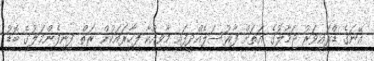
އޭނަގެ ޑްރައިވަރު ޖަމާލުގެ އަތަށް ފާރުސަލެއްދީފައި މާވިއްކާ ފިހާރައަކުން ރަތް ފިނިފެންމަލުގެ ބޮޑު